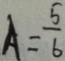
A = \frac { 5 } { 6 }